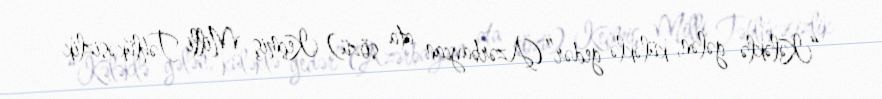
“Kələklə gələn, küləklə gedər”(Azərbaycan ata sözü) Keçmiş Milli Təhlükəsizlik